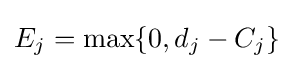
E_{j}=\max\{0,d_{j}-C_{j}\}